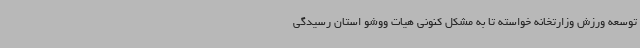
توسعه ورزش وزارتخانه خواسته تا به مشکل کنونی هیات ووشو استان رسیدگی